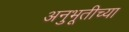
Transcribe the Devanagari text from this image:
अनुभूतीच्या